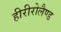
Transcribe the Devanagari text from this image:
हीरीरोलैण्ड